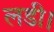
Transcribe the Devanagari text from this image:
लडी।